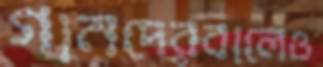
গানদেরবালেও